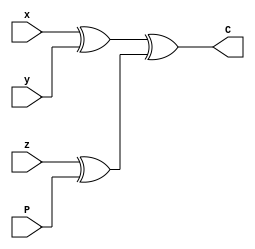
module even_parity_checker_4bit(C, x, y, z, P);
    output C;
    input x, y, z, P;

    assign C = (x ^ y) ^ (z ^ P);
endmodule

module even_parity_checker_4bit_tb;
    reg [3:0] in;
    wire C;
    
    //Instantiate UUT
    even_parity_checker_4bit UUT(C, in[3], in[2], in[1], in[0]);

    //stimulus block
    initial
        begin
            in = 4'b0000;
            repeat (15) #100 in = in + 1'b1; 
        end
    initial $monitor("x = %b, y = %b, z = %b, P = %b, C = %b", in[3], in[2], in[1], in[0], C);
endmodule